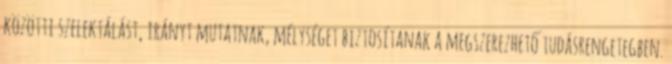
közötti szelektálást, irányt mutatnak, mélységet biztosítanak a megszerezhető tudásrengetegben.